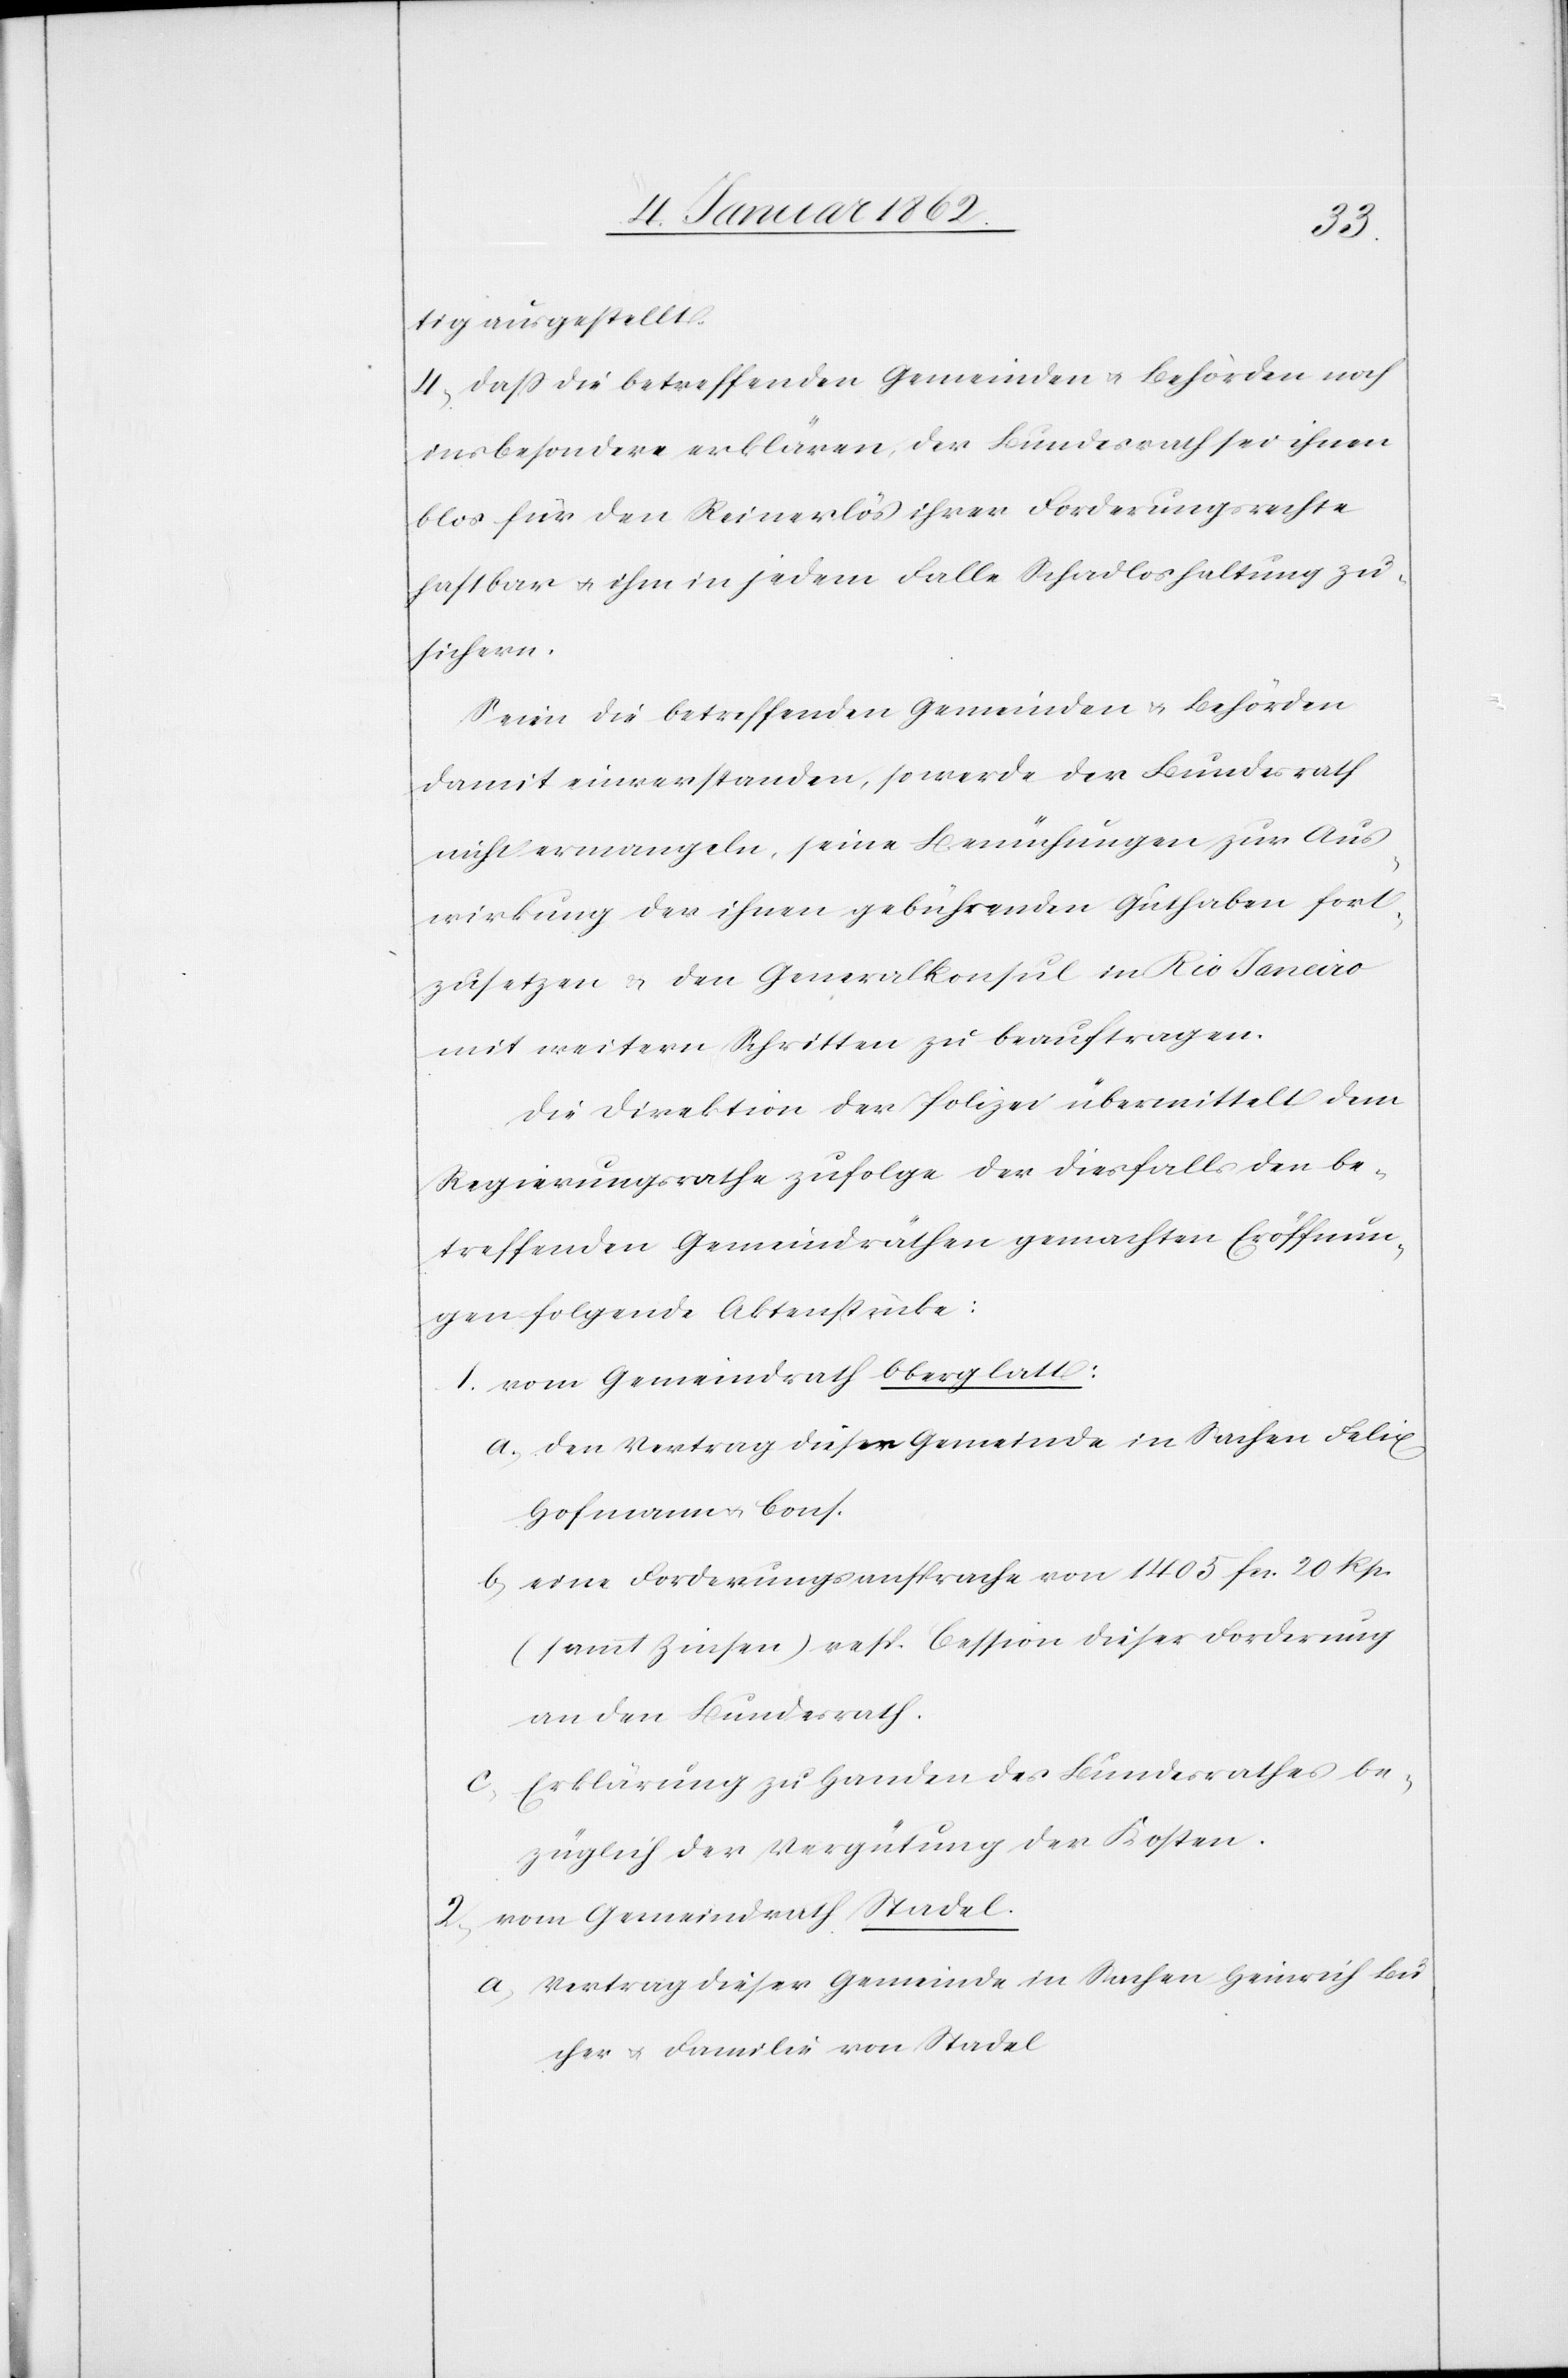
tig ausgestellt.
4. Daß die betreffenden Gemeinden u. Behörden noch
insbesondere erklären, der Bundesrath sei ihnen
blos für den Reinerlös ihrer Forderungsrechte
haftbar u. ihm in jedem Falle Schadloshaltung zu¬
sichern.
Seien die betreffenden Gemeinden u. Behörden
damit einverstanden, so werde der Bundesrath
nicht ermangeln, seine Bemühungen zur Aus¬
wirkung der ihnen gebührenden Guthaben fort¬
zusetzen u. den Generalkonsul in Rio Janeiro
mit weitern Schritten zu beauftragen.
Die Direktion der Polizei übermittelt dem
Regierungsrathe zufolge der diesfalls den be¬
treffenden Gemeindräthen gemachten Eröffnun¬
gen folgende Aktenstücke:
1. vom Gemeindrath Oberglatt:
a. den Vertrag dieser Gemeinde in Sachen Felix
Hofmann u. Cons.
b. eine Forderungsansprache von 1405 fcs. 20 Rp.
(sammt Zinsen) resp. Cession dieser Forderung
an den Bundesrath.
Erklärung zu Handen des Bundesrathes be¬
züglich der Vergütung der Kosten.
2. vom Gemeindrath Stadel.
a. Vertrag dieser Gemeinde in Sachen Heinrich Bu¬
cher u. Familie von Stadel